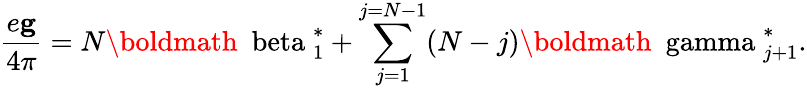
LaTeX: \frac{e{\mathbf g}}{4\pi}=N{\mathrm{\boldmath~\ beta~}}_{1}^{*}+\sum_{j=1}^{j=N-1}(N-j){\mathrm{\boldmath~\ gamma~}}_{j+1}^{*}.